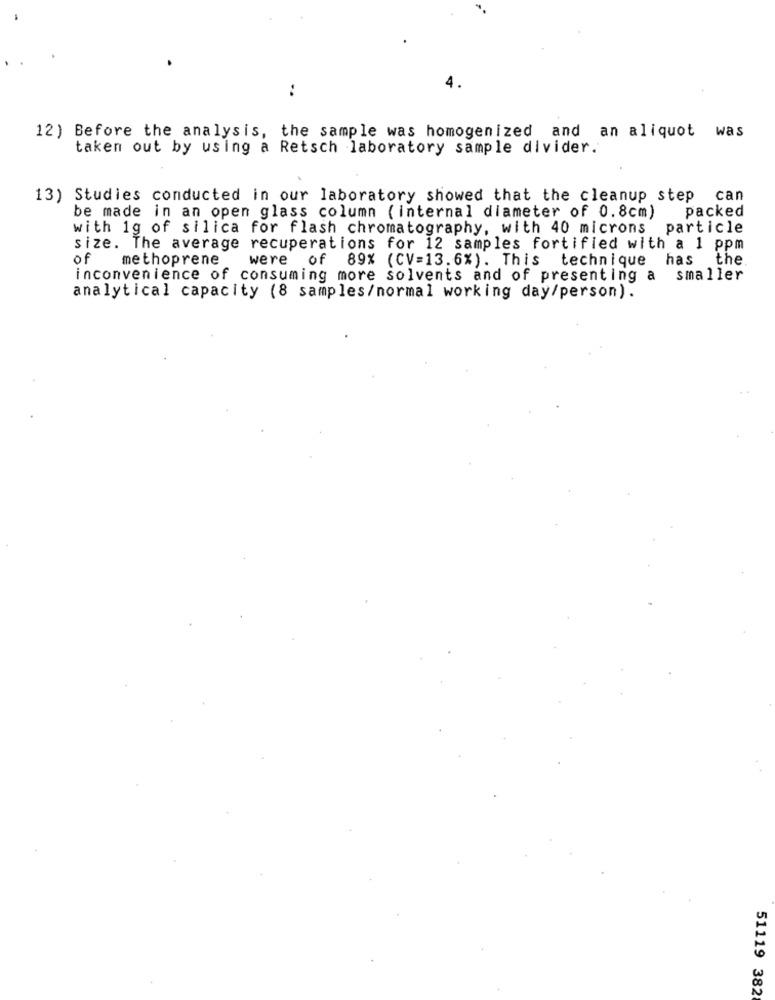
:
4.
was
12) Before the analysis, the sample was homogenized and an aliquot
taken out by using a Retsch laboratory sample divider.
13) Studies conducted in our laboratory showed that the cleanup step can
packed
be made in an open glass column ( internal diameter of 0.8cm)
with 1g of silica for flash chromatography, with 40 microns particle
size. The average recuperations for 12 samples fortified with a 1 ppm
of methoprene
were
of 89% (CV=13.6%). This technique
has the
inconvenience of consuming more solvents and of presenting a smaller
analytical capacity (8 samples/normal working day/person).
51119 382